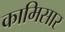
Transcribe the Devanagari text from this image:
कामिसार